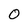
Character: 0